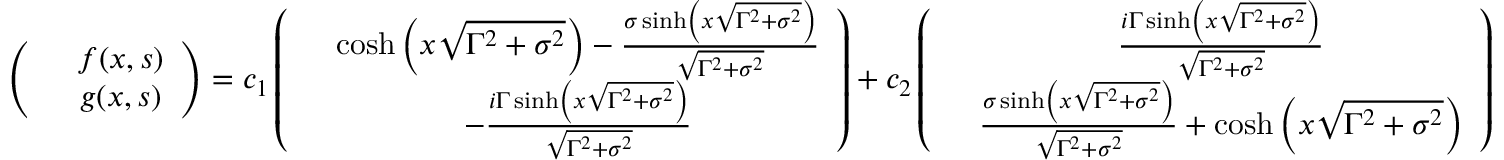
\left( \begin{array} { c c } & { f ( x , s ) } \\ & { g ( x , s ) } \end{array} \right) = c _ { 1 } \left( \begin{array} { c c } & { \cosh \left( x \sqrt { \Gamma ^ { 2 } + \sigma ^ { 2 } } \right) - \frac { \sigma \sinh \left( x \sqrt { \Gamma ^ { 2 } + \sigma ^ { 2 } } \right) } { \sqrt { \Gamma ^ { 2 } + \sigma ^ { 2 } } } } \\ & { - \frac { i \Gamma \sinh \left( x \sqrt { \Gamma ^ { 2 } + \sigma ^ { 2 } } \right) } { \sqrt { \Gamma ^ { 2 } + \sigma ^ { 2 } } } } \end{array} \right) + c _ { 2 } \left( \begin{array} { c c } & { \frac { i \Gamma \sinh \left( x \sqrt { \Gamma ^ { 2 } + \sigma ^ { 2 } } \right) } { \sqrt { \Gamma ^ { 2 } + \sigma ^ { 2 } } } } \\ & { \frac { \sigma \sinh \left( x \sqrt { \Gamma ^ { 2 } + \sigma ^ { 2 } } \right) } { \sqrt { \Gamma ^ { 2 } + \sigma ^ { 2 } } } + \cosh \left( x \sqrt { \Gamma ^ { 2 } + \sigma ^ { 2 } } \right) } \end{array} \right)